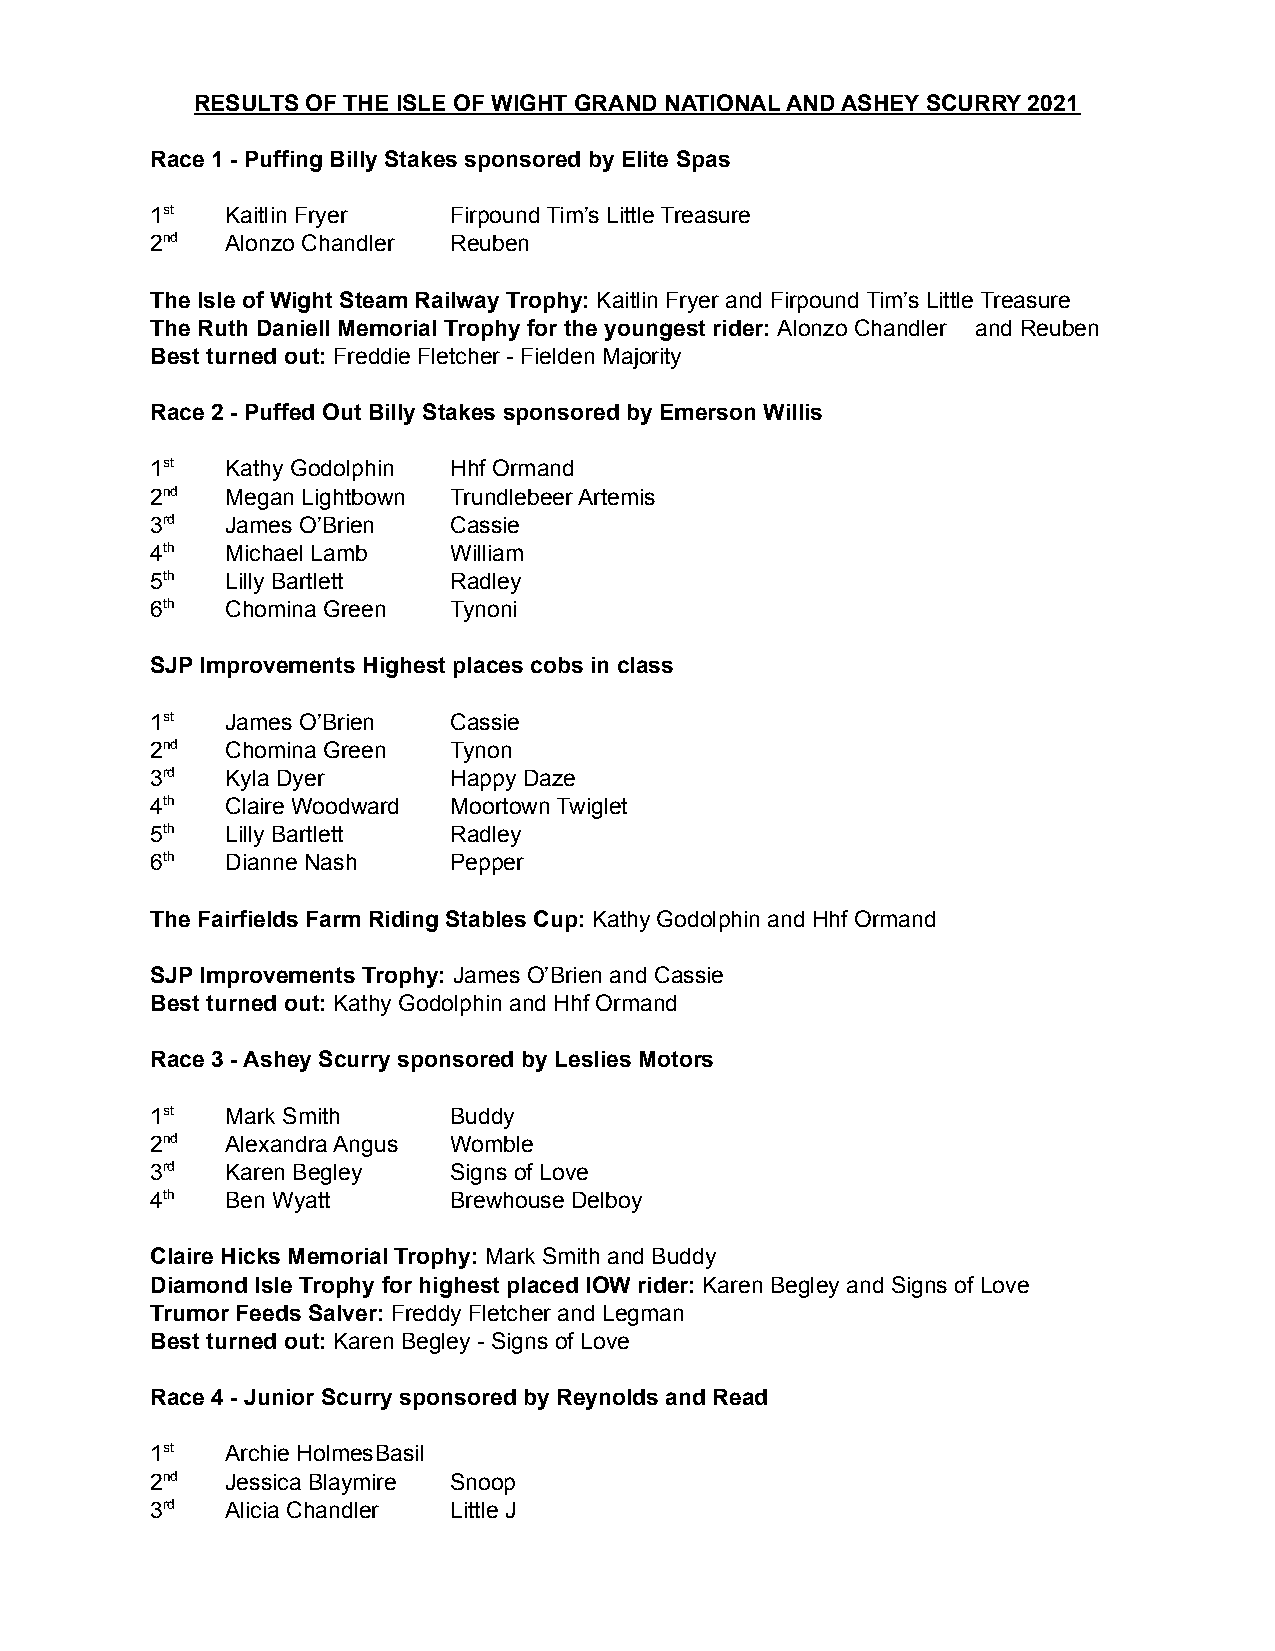
RESULTS OF THE ISLE OF WIGHT GRAND NATIONAL AND ASHEY SCURRY 2021
 Race 1 - Puffing Billy Stakes sponsored by Elite Spas
 1st  Kaitlin Fryer  Firpound Tim’s Little Treasure
 2nd  Alonzo Chandler Reuben
 The Isle of Wight Steam Railway Trophy: Kaitlin Fryer and Firpound Tim’s Little Treasure
 The Ruth Daniell Memorial Trophy for the youngest rider: Alonzo Chandler and Reuben
 Best turned out: Freddie Fletcher - Fielden Majority
 Race 2 - Puffed Out Billy Stakes sponsored by Emerson Willis
 1st  Kathy Godolphin Hhf Ormand
 2nd  Megan Lightbown Trundlebeer Artemis
 3rd  James O’Brien  Cassie
 4th  Michael Lamb   William
 5th  Lilly Bartlett Radley
 6th  Chomina Green  Tynoni
 SJP Improvements Highest places cobs in class
 1st  James O’Brien  Cassie
 2nd  Chomina Green  Tynon
 3rd  Kyla Dyer      Happy Daze
 4th  Claire Woodward Moortown Twiglet
 5th  Lilly Bartlett Radley
 6th  Dianne Nash    Pepper
 The Fairfields Farm Riding Stables Cup: Kathy Godolphin and Hhf Ormand
 SJP Improvements Trophy: James O’Brien and Cassie
 Best turned out: Kathy Godolphin and Hhf Ormand
 Race 3 - Ashey Scurry sponsored by Leslies Motors
 1st  Mark Smith     Buddy
 2nd  Alexandra Angus Womble
 3rd  Karen Begley   Signs of Love
 4th  Ben Wyatt      Brewhouse Delboy
 Claire Hicks Memorial Trophy: Mark Smith and Buddy
 Diamond Isle Trophy for highest placed IOW rider: Karen Begley and Signs of Love
 Trumor Feeds Salver: Freddy Fletcher and Legman
 Best turned out: Karen Begley - Signs of Love
 Race 4 - Junior Scurry sponsored by Reynolds and Read
 1st  Archie HolmesBasil
 2nd  Jessica Blaymire Snoop
 3rd  Alicia Chandler Little J